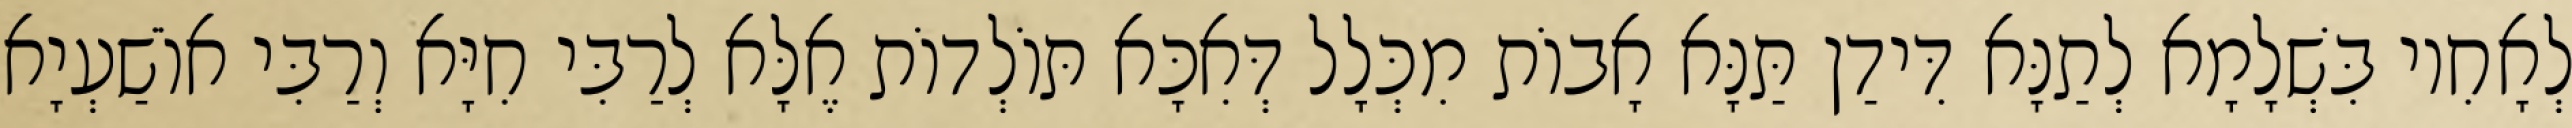
לְאָחִיו בִּשְׁלָמָא לְתַנָּא דִּידַן תַּנָּא אָבוֹת מִכְּלָל דְּאִכָּא תּוֹלְדוֹת אֶלָּא לְרַבִּי חִיָּא וְרַבִּי אוֹשַׁעְיָא